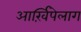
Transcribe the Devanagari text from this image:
आर्ख़िपेलाग